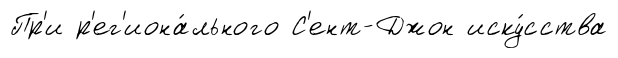
Пр'и р'ег'иона́льного С'ент-Джон иску́сства